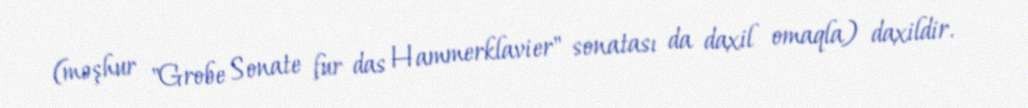
(məşhur "Grobe Sonate fur das Hammerklavier" sonatası da daxil omaqla) daxildir.